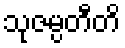
သုဇမ္ပတီတိ